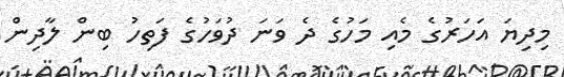
މިދިޔަ އަހަރުގެ މެއި މަހުގެ ދެ ވަނަ ދުވަހުގެ ފަތިހު ބިން ލާދިން